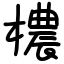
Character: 檂